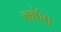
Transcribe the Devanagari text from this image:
कॉभ